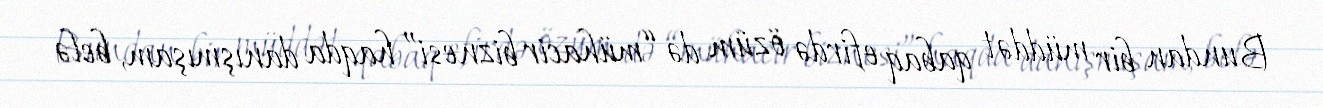
Bundan bir müddət qabaq efirdə özüm də “mühacir biznesi” haqda danışmışam, belə